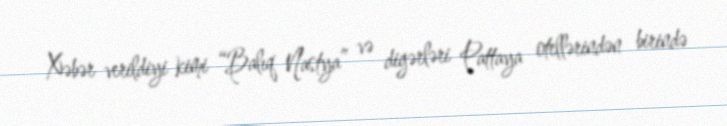
Xəbər verildiyi kimi “Balıq Nastya” və digərləri Pattaya otellərindən birində